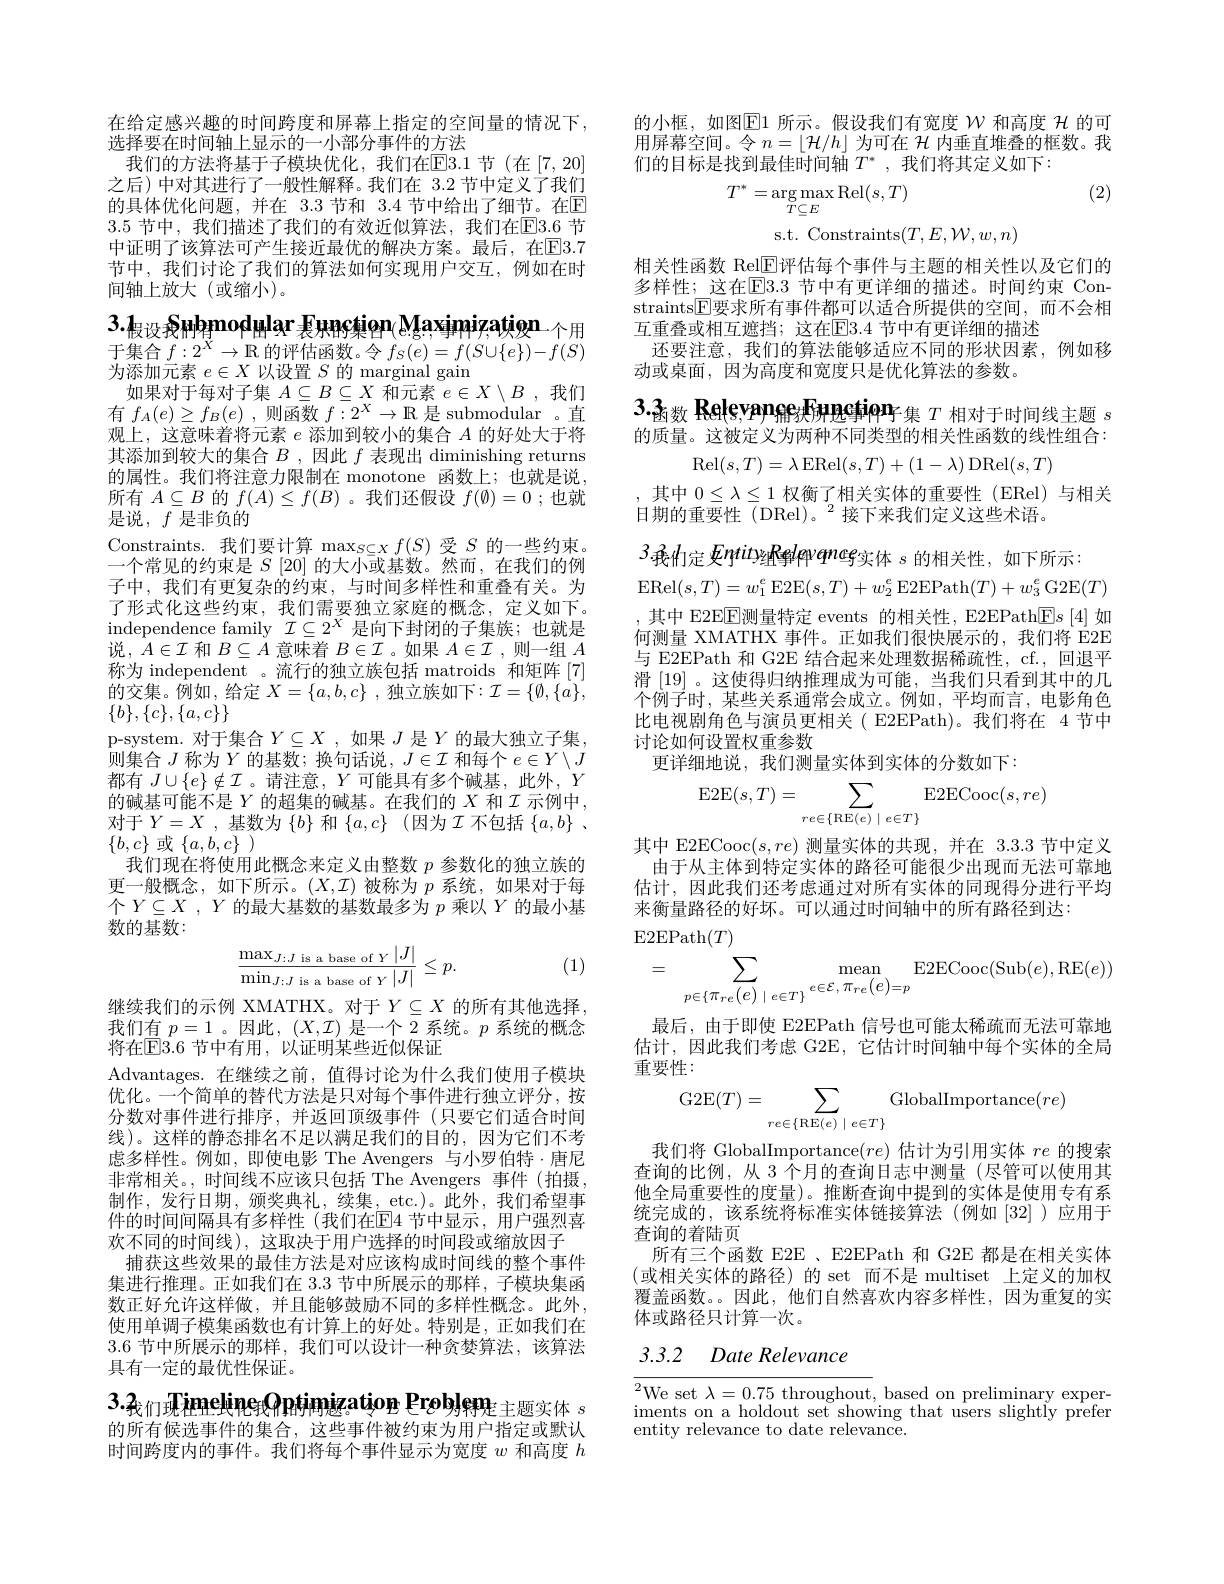
在给定感兴趣的时间跨度和屏幕上指定的空间量的情况下，
选择要在时间轴上显示的一小部分事件的方法
我们的方法将基于子模块优化，我们在$\overline{\mathrm{E}}3.1$ 节(在[7,20] 之后)中对其进行了一般性解释。我们在 3.2 节中定义了我们的具体优化问题，并在 3.3 节和 3.4 节中给出了细节。在$\mathbb{E}$ 3.5 节中，我们描述了我们的有效近似算法，我们在$\overline{\mathrm{E}}3.6$ 节中证明了该算法可产生接近最优的解决方案。最后，在$\overline{\mathrm{E}}3.7$ 节中，我们讨论了我们的算法如何实现用户交互，例如在时间轴上放大(或缩小)。

$3.1_\text{假设我們相}{\mathrm{mod}}_{\mathrm{H}}$lar 是共Rc集ion( Mgaximization- 个用于集合$f:2^X\to\mathbb{R}$的评估函数。令$f_S(e)=f(S\cup\{e\})-f(S)$ 为添加元素$e\in X$以设置$S$的 marginal gain
如果对于每对子集$A\subseteq B\subseteq X$和元素$e\in X\setminus B$ ,我们有$f_A(e)\geq f_B(e)$,则函数$f:2^X\to\mathbb{R}$是 submodular 。直观上，这意味着将元素$e$添加到较小的集合$A$的好处大于将其添加到较大的集合$B$ ,因此$f$表现出 diminishing returns 的属性。我们将注意力限制在 monotone 函数上；也就是说， 所有$A\subseteq B$的$f(A)\leq f(B)$ 。我们还假设$f(\emptyset)=0$ ;也就是说，$f$是非负的
Constraints.我们要计算$\max_S\subseteq Xf(S)$受$S$的一些约束。一个常见的约束是$S$ [20] 的大小或基数。然而，在我们的例子中，我们有更复杂的约束，与时间多样性和重叠有关。为了形式化这些约束，我们需要独立家庭的概念，定义如下。independence family $\mathcal{I}\subseteq2^X$是向下封闭的子集族；也就是说，$A\in\mathcal{I}$和$B\subseteq A$意味着$B\in\mathcal{I}$ 。如果$A\in\mathcal{I}$ ,则一组$A$ 称为 independent 。流行的独立族包括 matroids 和矩阵[7] 的交集。例如，给定 $X=\{a,b,c\}$, 独立族如下$:\mathcal{I}=\{\emptyset,\{a\}$, $\{b\},\{c\},\{a,c\}\}$
p-system. 对于集合$Y\subseteq X$ ,如果$J$是$Y$的最大独立子集， 则集合$J$称为$Y$的基数；换句话说，$J\in\mathcal{I}$和每个$e\in Y\setminus J$ 都有$J\cup\{e\}\notin\mathcal{I}$ 。请注意，$Y$可能具有多个碱基，此外，$Y$ 的碱基可能不是$Y$的超集的碱基。在我们的$X$和$\mathcal{I}$示例中， 对于$Y=X$ ,基数为$\{b\}$和$\{a,c\}$ (因为$\mathcal{I}$不包括$\{a,b\}$ 、 $\{b,c\}$或$\{a,b,c\}$
我们现在将使用此概念来定义由整数$p$参数化的独立族的更一般概念，如下所示。$(X,\mathcal{I})$被称为$p$系统，如果对于每个$Y\subseteq X$ , $Y$的最大基数的基数最多为$p$乘以$Y$的最小基数的基数：
$$\frac{\max_{J:J\text{is a base of}Y}|J|}{\min_{J:J\text{is a base of}Y}|J|}\leq p.$$
(1)

继续我们的示例 XMATHX。对于$Y\subseteq X$的所有其他选择， 我们有$p=1$ 。因此$,(X,\mathcal{I})$是一个 2 系统。$p$系统的概念将在$\overline{\mathrm{E}}\overline{3.6}$ 节中有用，以证明某些近似保证
Advantages. 在继续之前，值得讨论为什么我们使用子模块优化。一个简单的替代方法是只对每个事件进行独立评分，按分数对事件进行排序，并返回顶级事件(只要它们适合时间线)。这样的静态排名不足以满足我们的目的，因为它们不考虑多样性。例如，即使电影 The Avengers 与小罗伯特·唐尼非常相关。,时间线不应该只包括 The Avengers 事件(拍摄， 制作，发行日期，颁奖典礼，续集，etc.)。此外，我们希望事件的时间间隔具有多样性(我们在$\mathbb{E}$4 节中显示，用户强烈喜欢不同的时间线),这取决于用户选择的时间段或缩放因子
捕获这些效果的最佳方法是对应该构成时间线的整个事件集进行推理。正如我们在 3.3 节中所展示的那样，子模块集函数正好允许这样做，并且能够鼓励不同的多样性概念。此外， 使用单调子模集函数也有计算上的好处。特别是，正如我们在3.6节中所展示的那样，我们可以设计一种贪婪算法，该算法具有一定的最优性保证。

3.3.我们现TimelinexOptimization Problere 主题实体 $s$

的所有候选事件的集合，这些事件被约束为用户指定或默认时间跨度内的事件。我们将每个事件显示为宽度$w$和高度$h$

的小框，如图$\overline{\mathrm{E}}$1 所示。假设我们有宽度$\mathcal{W}$和高度$\mathcal{H}$的可用屏幕空间。令$n=\lfloor\mathcal{H}/h\rfloor$为可在$\mathcal{H}$内垂直堆叠的框数。我们的目标是找到最佳时间轴$T^*$,我们将其定义如下：
(2)
$$\begin{aligned}T^{*}&=\arg\max_{T\subseteq E}\mathrm{Rel}(s,T)\\&\mathrm{s.t.~Constraints}(T,E,\mathcal{W},w,n)\end{aligned}$$
相关性函数 Rel$\overline{\mathrm{E}}$评估每个事件与主题的相关性以及它们的多样性；这在E3.3 节中有更详细的描述。时间约束 Constraints$\overline{\mathrm{E}}$要求所有事件都可以适合所提供的空间，而不会相互重叠或相互遮挡；这在$\overline{\mathrm{E}}3.4$ 节中有更详细的描述
还要注意，我们的算法能够适应不同的形状因素，例如移
动或桌面，因为高度和宽度只是优化算法的参数。

$3..3_\text{函数 Rețevange}{\text{Frgectiqp}}$集$T$相对于时间线主题$s$

的质量。这被定义为两种不同类型的相关性函数的线性组合：

Rel$(s,T)=\lambda$ERel$(s,T)+(1-\lambda)$DRel$(s,T)$

其中$0\leq\lambda\leq1$权衡了相关实体的重要性(ERel)与相关
日期的重要性(DRel)。$^{2}$接下来我们定义这些术语。

3 承的定 Entity组辑leroneg实体$s$的相关性，如下所示：
ERel$(s,T)=w_{1}^{e}$E2E$(s,T)+w_{2}^{e}$E2EPath$(T)+w_{3}^{e}$G2E$(T)$ ,其中 E2EEE测量特定 events 的相关性，E2EPath$\boxed{\mathrm{F}}s$ [4] 如何测量 XMATHX 事件。正如我们很快展示的，我们将 E2E 与 E2EPath 和 G2E 结合起来处理数据稀疏性，cf., 回退平滑[19] 。这使得归纳推理成为可能，当我们只看到其中的几个例子时，某些关系通常会成立。例如，平均而言，电影角色比电视剧角色与演员更相关( E2EPath)。我们将在 4 节中讨论如何设置权重参数
更详细地说，我们测量实体到实体的分数如下：
$$\operatorname{E2E}(s,T)=\sum_{re\in\{\operatorname{RE}(e)\mid e\in T\}}\operatorname{E2ECooc}(s,re)$$
其中 E2ECooc$(s,re)$测量实体的共现，并在 3.3.3 节中定义由于从主体到特定实体的路径可能很少出现而无法可靠地估计，因此我们还考虑通过对所有实体的同现得分进行平均来衡量路径的好坏。可以通过时间轴中的所有路径到达：
E2EPath$(T)$
$$=\sum\limits_{p\in\{\pi_{re}\big(e\big)\mid e\in T\}}\operatorname*{mean}\limits_{e\in\mathcal{E},\:\pi_{re}\big(e\big)=p}\operatorname{E2ECooc}(\operatorname{Sub}(e),\operatorname{RE}(e))$$
最后，由于即使 E2EPath 信号也可能太稀疏而无法可靠地估计，因此我们考虑 G2E, 它估计时间轴中每个实体的全局重要性：
$$\mathrm{G2E}(T)=\sum_{re\in\{\mathrm{RE}(e)\mid e\in T\}}\mathrm{GlobalImportance}(re)$$
我们将 GlobalImportance($re)$估计为引用实体$re$的搜索查询的比例，从 3 个月的查询日志中测量 (尽管可以使用其他全局重要性的度量)。推断查询中提到的实体是使用专有系统完成的，该系统将标准实体链接算法(例如[32])应用于查询的着陆页
所有三个函数 E2E 、E2EPath 和 G2E 都是在相关实体(或相关实体的路径)的 set 而不是 multiset 上定义的加权覆盖函数。。因此，他们自然喜欢内容多样性，因为重复的实体或路径只计算一次。

# 3.3.2 Date Relevance

$\overline{{^2}\text{We set }\lambda=0.75\mathrm{~throughout}}$,based on preliminary experiments on a holdout set showing that users slightly prefer entity relevance to date relevance.